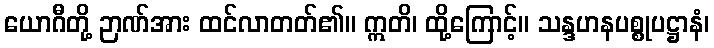
ယောဂီတို့ ဉာဏ်အား ထင်လာတတ်၏။ ဣတိ၊ ထို့ကြောင့်။ သန္ဒဟနပစ္စုပဋ္ဌာနံ၊